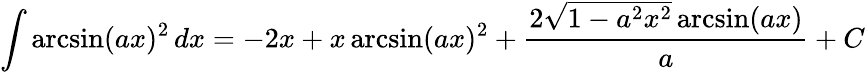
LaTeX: \int\arcsin(ax)^{2}\, dx=-2x+x\arcsin(ax)^{2}+{\frac{2{\sqrt{1-a^{2}x^{2}}}\arcsin(ax)}{a}}+C